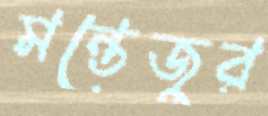
মন্তেজুর